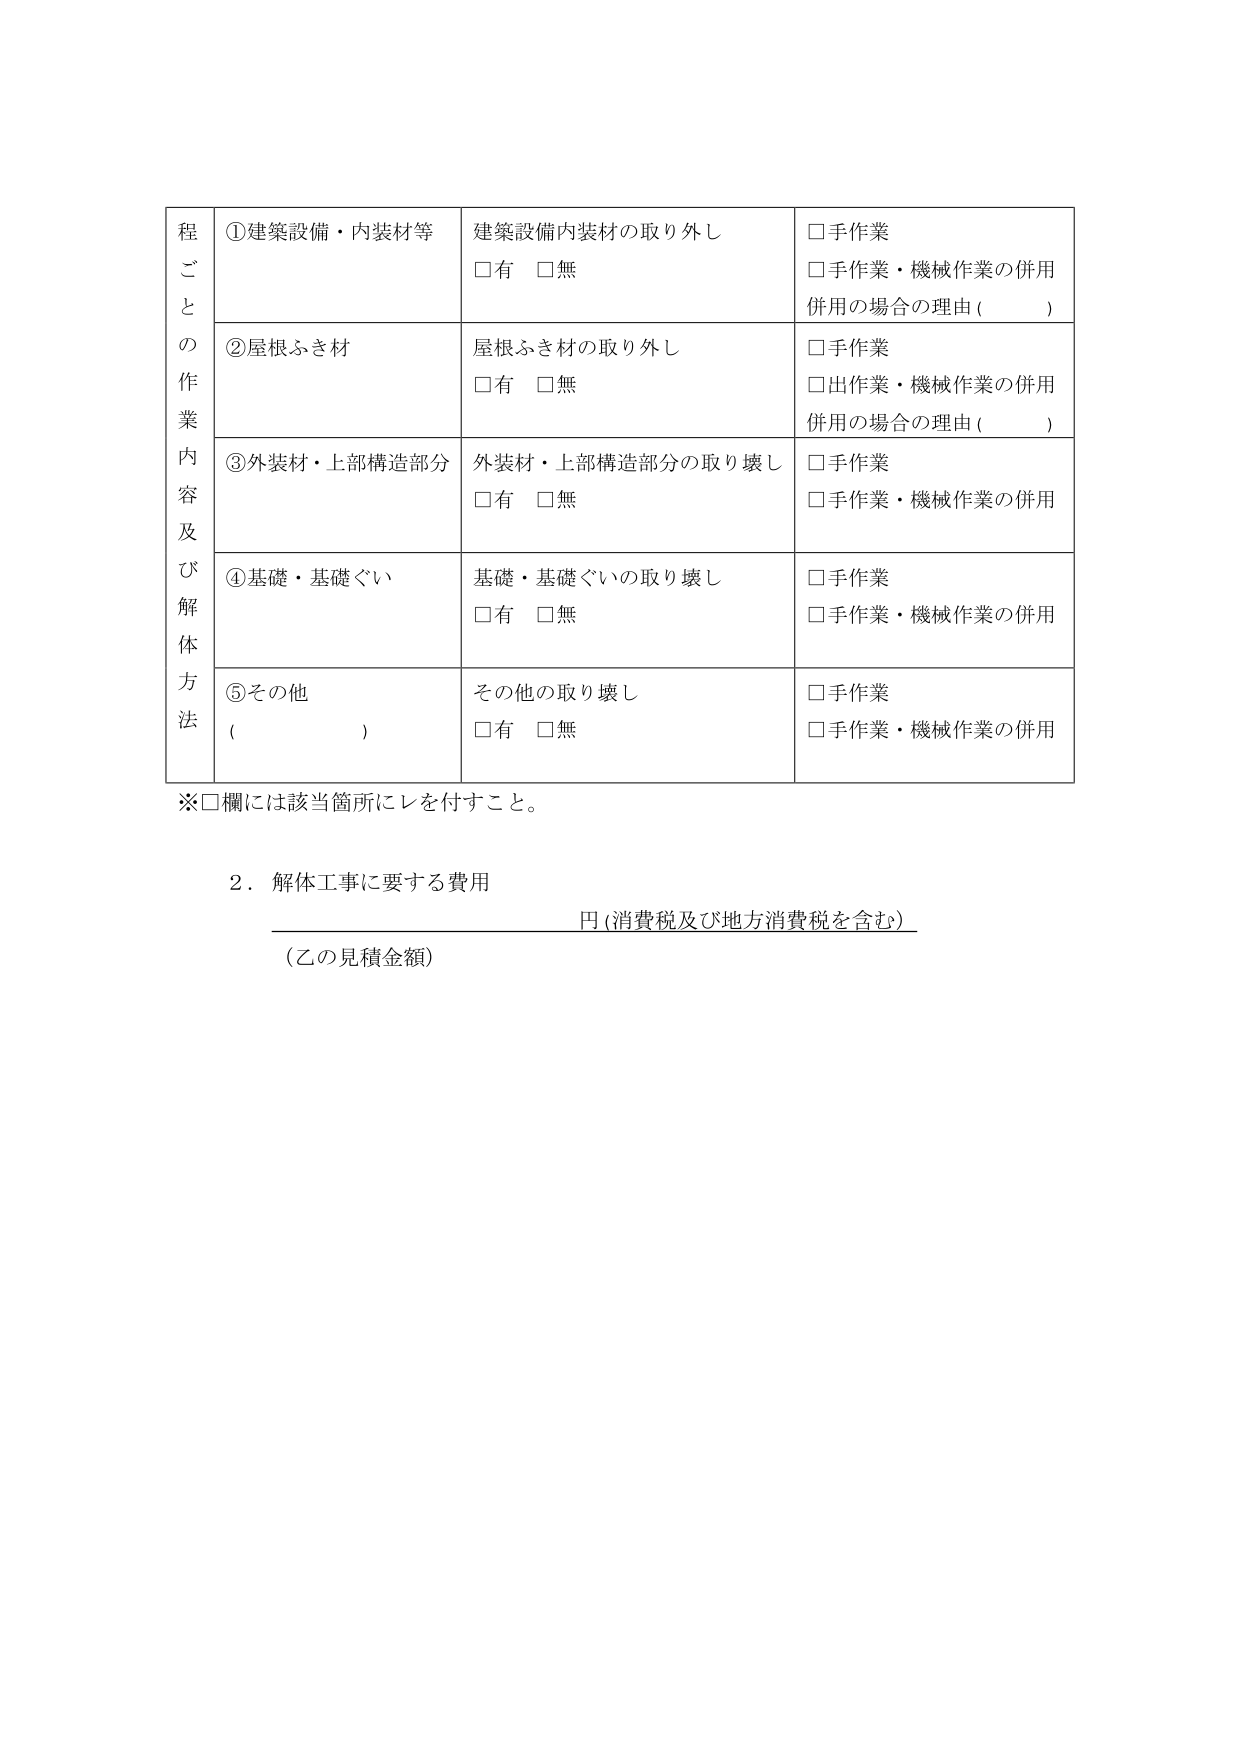
程ごとの作業内容及び解体方法
①建築設備・内装材等
建築設備内装材の取り外し
□有 □無
□手作業
□手作業・機械作業の併用
併用の場合の理由（　　）

②屋根ふき材
屋根ふき材の取り外し
□有 □無
□手作業
□出作業・機械作業の併用
併用の場合の理由（　　）

③外装材・上部構造部分
外装材・上部構造部分の取り壊し
□有 □無
□手作業
□手作業・機械作業の併用

④基礎・基礎ぐい
基礎・基礎ぐいの取り壊し
□有 □無
□手作業
□手作業・機械作業の併用

⑤その他（　　）
その他の取り壊し
□有 □無
□手作業
□手作業・機械作業の併用

※□欄には該当箇所にレを付すこと。

２．解体工事に要する費用
　　　　　　　　　　　　　　　　　　　　　　　　　　　　　　　　　　　　　　　円（消費税及び地方消費税を含む）
（乙の見積金額）